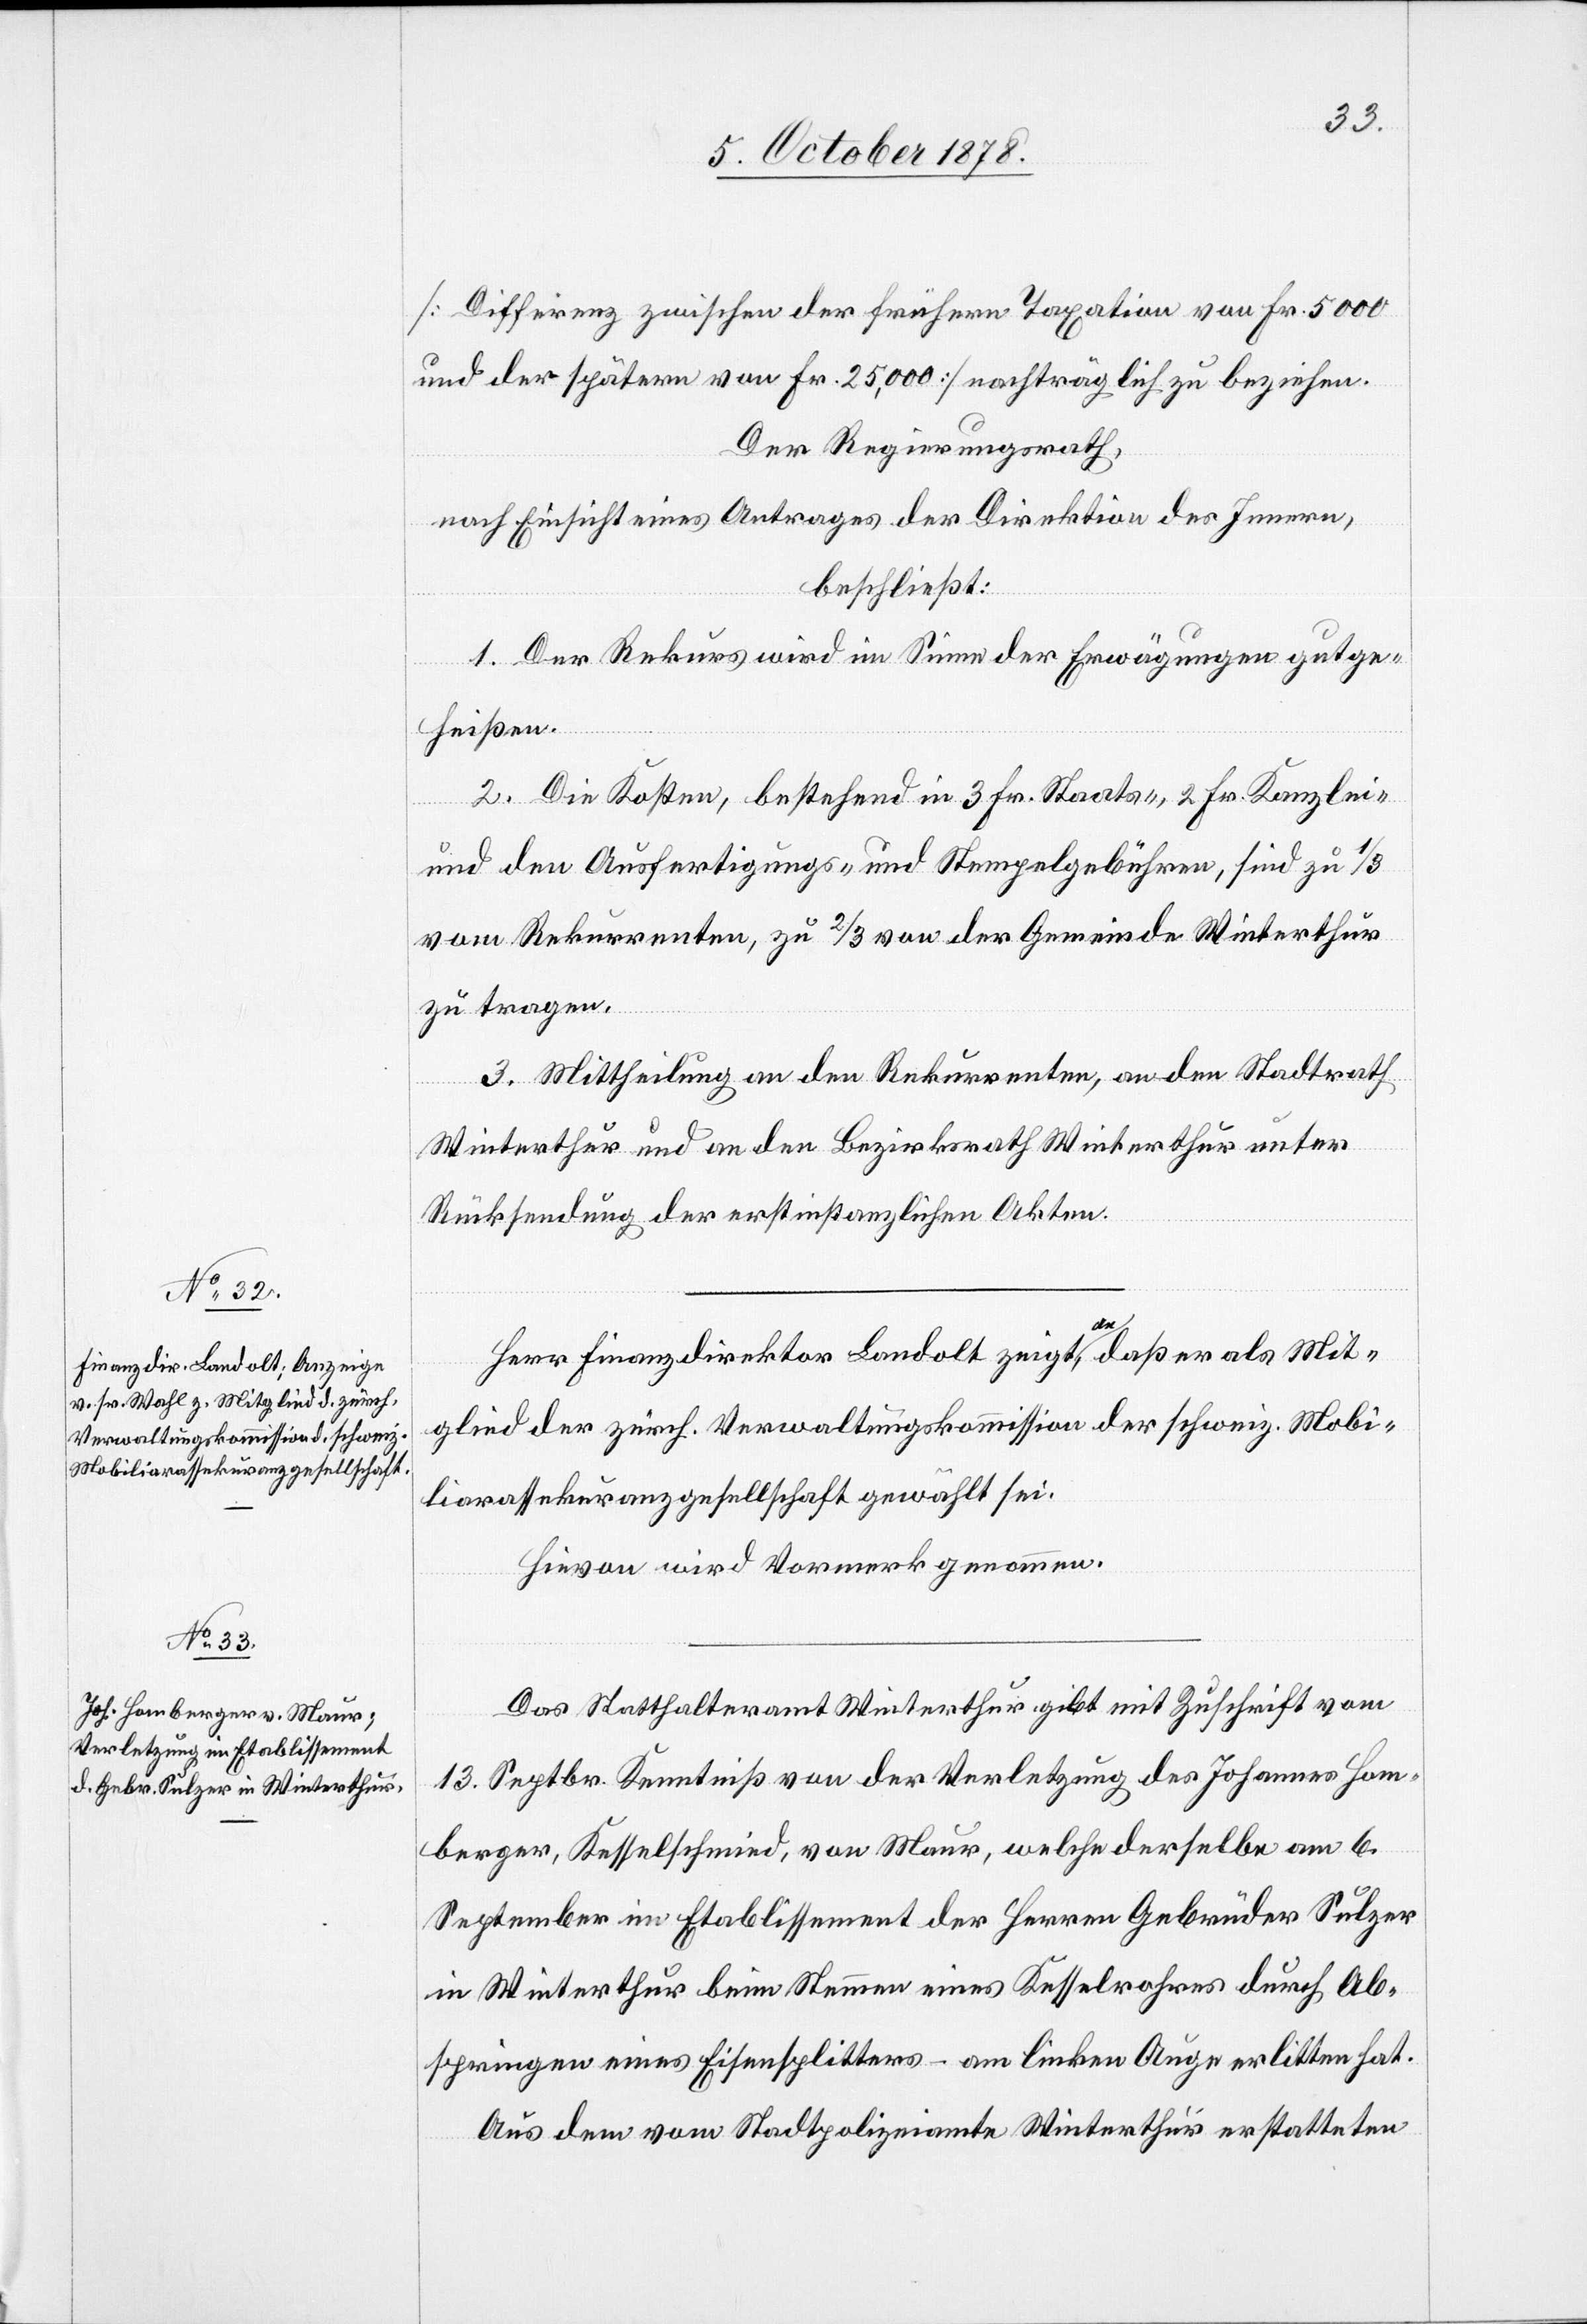
[Differenz zwischen der frühern Taxation von Fr. 5000
und der spätern von Fr. 25,000] nachträglich zu beziehen.
Der Regierungsrath,
nach Einsicht eines Antrages der Direktion des Innern,
beschließt:
1. Der Rekurs wird im Sinne der Erwägungen gutge¬
heissen.
2. Die Kosten, bestehend in 3 Fr. Staats-, 2 Fr. Kanzlei-
und den Ausfertigungs- und Stempelgebühren, sind zu 1/3
vom Rekurrenten, zu 2/3 von der Gemeinde Winterthur
zu tragen.
3. Mittheilung an den Rekurrenten, an den Stadtrath
Winterthur und an den Bezirksrath Winterthur unter
Rücksendung der erstinstanzlichen Akten.
Herr Finanzdirektor Landolt zeigt an, daß er als Mit¬
glied der zürch. Verwaltungskommission der schweiz. Mobi¬
liarassekuranzgesellschaft gewählt sei.
Hievon wird Vormerk genommen.
Das Statthalteramt Winterthur gibt mit Zuschrift vom
13. Septbr. Kenntniß von der Verletzung des Johannes Hom¬
berger, Kesselschmied, von Maur, welche derselbe am 6.
September im Etablissement der Herren Gebrüder Sulzer
in Winterthur beim Stemmen eines Kesselrohres durch Ab¬
springen eines Eisensplitters – am linken Auge erlitten hat.
aus dem vom Stadtpolizeiamte Winterthur erstatteten